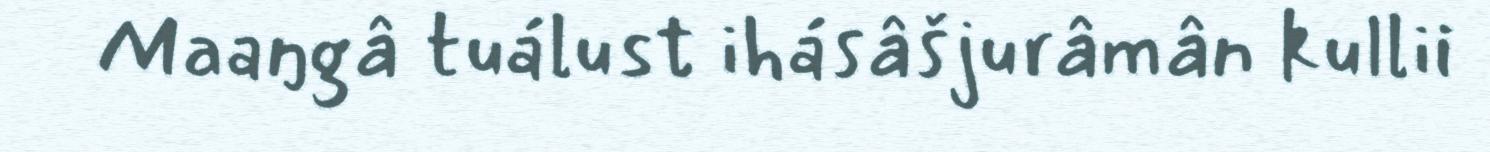
Maaŋgâ tuálust ihásâšjurâmân kullii